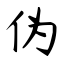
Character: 伪